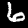
Label: 6